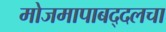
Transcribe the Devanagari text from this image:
मोजमापाबद्दलचा